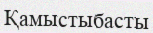
Қамыстыбасты